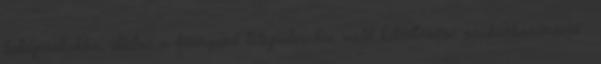
lakóparkokba, illetve a környező településekre való kiköltözése szuburbanizáció .